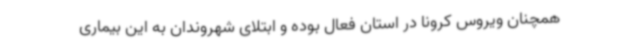
همچنان ویروس کرونا در استان فعال بوده و ابتلای شهروندان به این بیماری